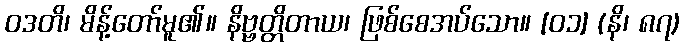
ဝဒတိ၊ မိန့်တော်မူ၏။ နိဗ္ဗတ္တိတာယ၊ ဖြစ်စေအပ်သော။ [၀၁] (နိ၊ ၈၇)